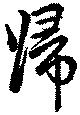
帰